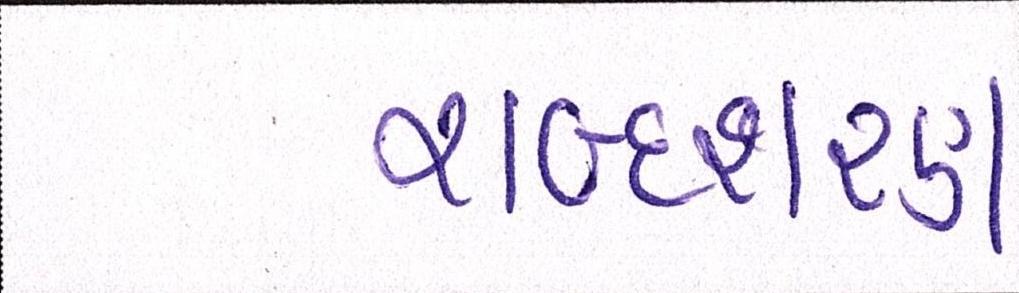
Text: શબ્દશરણ